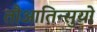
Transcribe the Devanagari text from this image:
तौआतिन्सुयो